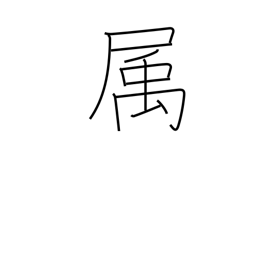
Meaning: affiliated